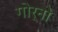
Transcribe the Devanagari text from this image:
गोर्नो